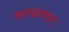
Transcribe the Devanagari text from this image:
सगळ्याव